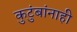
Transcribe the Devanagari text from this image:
कुटुंबांनाही